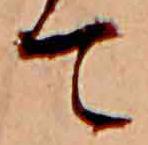
て